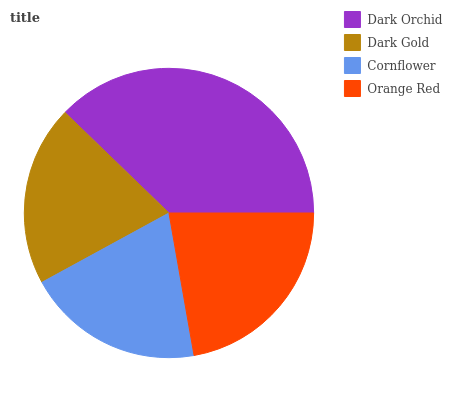
| Dark Orchid | Dark Gold | Cornflower | Orange Red |
 | --- | --- | --- | --- |
 | 37.7% | 20.2% | 19.9% | 22.3% |